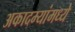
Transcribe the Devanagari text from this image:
अकादम्यांमध्ये